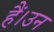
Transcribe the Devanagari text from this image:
हैं।उन